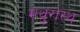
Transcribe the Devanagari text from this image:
मथुरास्थ